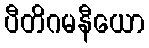
ပီတိဂမနီယော